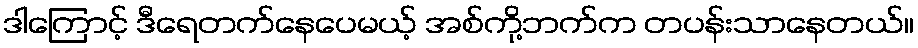
ဒါကြောင့် ဒီရေတက်နေပေမယ့် အစ်ကို့ဘက်က တပန်းသာနေတယ်။